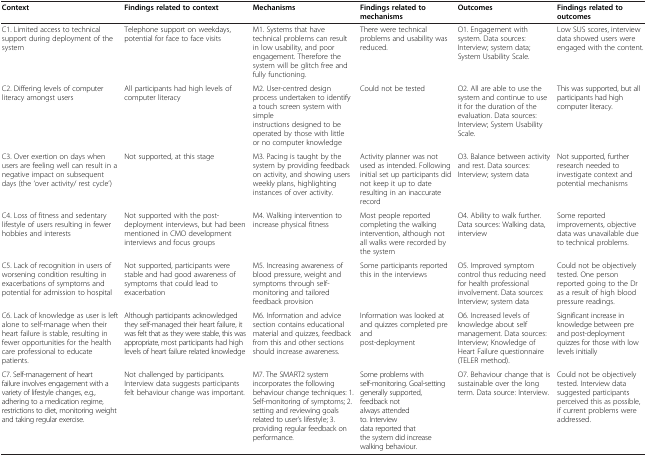
<table><thead><tr><td><b>Context</b></td><td><b>Findings related to context</b></td><td><b>Mechanisms</b></td><td><b>Findings related to mechanisms</b></td><td><b>Outcomes</b></td><td><b>Findings related to outcomes</b></td></tr></thead><tbody><tr><td>C1. Limited access to technical support during deployment of the system</td><td>Telephone support on weekdays, potential for face to face visits</td><td>M1. Systems that have technical problems can result in low usability, and poor engagement. Therefore the system will be glitch free and fully functioning.</td><td>There were technical problems and usability was reduced.</td><td>O1. Engagement with system. Data sources: Interview; system data; System Usability Scale.</td><td>Low SUS scores, interview data showed users were engaged with the content.</td></tr><tr><td>C2. Differing levels of computer literacy amongst users</td><td>All participants had high levels of computer literacy</td><td>M2. User-centred design process undertaken to identify a touch screen system with simple instructions designed to be operated by those with little or no computer knowledge</td><td>Could not be tested</td><td>O2. All are able to use the system and continue to use it for the duration of the evaluation. Data sources: Interview; System Usability Scale.</td><td>This was supported, but all participants had high computer literacy.</td></tr><tr><td>C3. Over exertion on days when users are feeling well can result in a negative impact on subsequent days (the ‘over activity/ rest cycle’)</td><td>Not supported, at this stage</td><td>M3. Pacing is taught by the system by providing feedback on activity, and showing users weekly plans, highlighting instances of over activity.</td><td>Activity planner was not used as intended. Following initial set up participants did not keep it up to date resulting in an inaccurate record</td><td>O3. Balance between activity and rest. Data sources: Interview; system data</td><td>Not supported, further research needed to investigate context and potential mechanisms</td></tr><tr><td>C4. Loss of fitness and sedentary lifestyle of users resulting in fewer hobbies and interests</td><td>Not supported with the post-deployment interviews, but had been mentioned in CMO development interviews and focus groups</td><td>M4. Walking intervention to increase physical fitness</td><td>Most people reported completing the walking intervention, although not all walks were recorded by the system</td><td>O4. Ability to walk further. Data sources: Walking data, interview</td><td>Some reported improvements, objective data was unavailable due to technical problems.</td></tr><tr><td>C5. Lack of recognition in users of worsening condition resulting in exacerbations of symptoms and potential for admission to hospital</td><td>Not supported, participants were stable and had good awareness of symptoms that could lead to exacerbation</td><td>M5. Increasing awareness of blood pressure, weight and symptoms through self-monitoring and tailored feedback provision</td><td>Some participants reported this in the interviews</td><td>O5. Improved symptom control thus reducing need for health professional involvement. Data sources: Interview; system data</td><td>Could not be objectively tested. One person reported going to the Dr as a result of high blood pressure readings.</td></tr><tr><td>C6. Lack of knowledge as user is left alone to self-manage when their heart failure is stable, resulting in fewer opportunities for the health care professional to educate patients.</td><td>Although participants acknowledged they self-managed their heart failure, it was felt that as they were stable, this was appropriate, most participants had high levels of heart failure related knowledge</td><td>M6. Information and advice section contains educational material and quizzes, feedback from this and other sections should increase awareness.</td><td>Information was looked at and quizzes completed pre and post-deployment</td><td>O6. Increased levels of knowledge about self management. Data sources: Interview; Knowledge of Heart Failure questionnaire (TELER method).</td><td>Significant increase in knowledge between pre and post-deployment quizzes for those with low levels initially</td></tr><tr><td>C7. Self-management of heart failure involves engagement with a variety of lifestyle changes, e.g., adhering to a medication regime, restrictions to diet, monitoring weight and taking regular exercise.</td><td>Not challenged by participants. Interview data suggests participants felt behaviour change was important.</td><td>M7. The SMART2 system incorporates the following behaviour change techniques: 1. Self-monitoring of symptoms; 2. setting and reviewing goals related to user’s lifestyle; 3. providing regular feedback on performance.</td><td>Some problems with self-monitoring. Goal-setting generally supported, feedback not always attended to. Interview data reported that the system did increase walking behaviour.</td><td>O7. Behaviour change that is sustainable over the long term. Data source: Interview.</td><td>Could not be objectively tested. Interview data suggested participants perceived this as possible, if current problems were addressed.</td></tr></tbody></table>